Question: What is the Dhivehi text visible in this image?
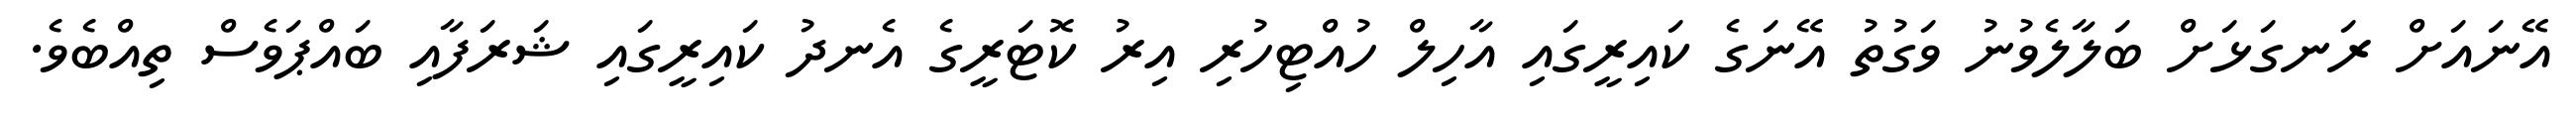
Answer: އޭނައަށް ރަނގަޅަށް ބަލާލެވުނު ވަގުތު އޭނަގެ ކައިރީގައި އާހިލް ހުއްޓިހުރި އިރު ކޮޓަރީގެ އެނދު ކައިރީގައި ޝަރަފާއި ބައްޕަވެސް ތިއްބެވެ.